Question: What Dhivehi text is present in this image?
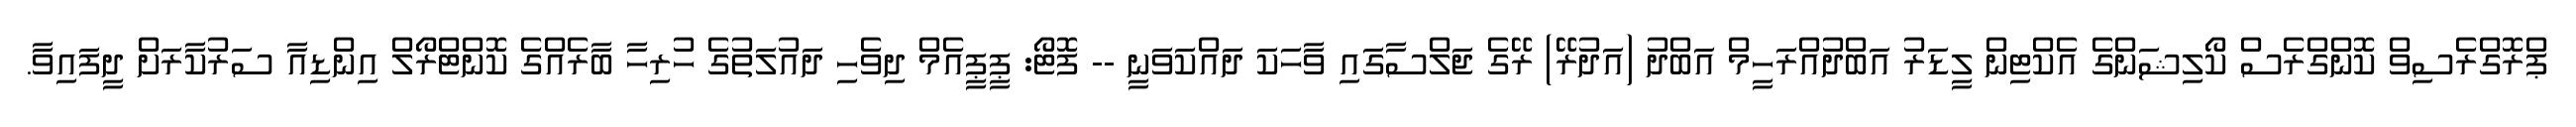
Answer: ޕްރޮގްރެސިވް ކޮންގްރެސް ކޯލިޝަންގެ އެކްޓިން ލީޑަރު އަބްދުއްރަހީމް އަބްދު (އަދުރޭ) ރޭގެ ޖަލްސާގައި ވާހަކަ ދައްކަވަނީ -- ފޮޓޯ: ޕީޕީއެމް ދިވެހި ދައުލަތުގެ ހުރިހާ ބާރެއްގެ ކޮންޓްރޯލް އިންޑިއާ ސަރުކާރަށް ދީފައިވާ.